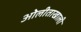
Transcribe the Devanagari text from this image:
ओेलीताखाली